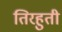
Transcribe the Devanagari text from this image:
तिरहुती